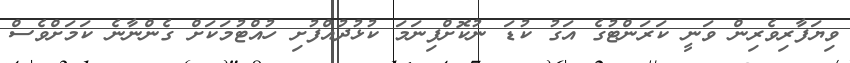
ވިޔަފާރިވެރިން ވަނީ ކަރަންޓުގެ އަގު ކުޑަ ނުކޮށްފިނަމަ ކުޅުދުއްފުށި ހުއްޓުމަކަށް ގެންނާނެ ކަމަށްވެސް